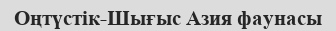
Оңтүстік-Шығыс Азия фаунасы